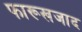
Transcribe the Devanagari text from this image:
फारूखजाद